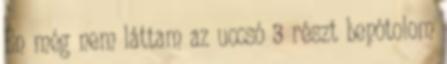
Én még nem láttam az uccsó 3 részt bepótolom